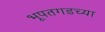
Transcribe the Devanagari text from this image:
भूपतगडच्या